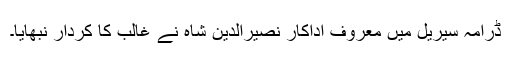
ڈرامہ سیریل میں معروف اداکار نصیرالدین شاہ نے غالب کا کردار نبھایا۔